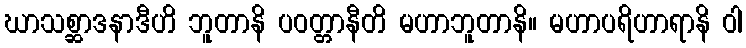
ဃာသစ္ဆာဒနာဒီဟိ ဘူတာနိ ပဝတ္တာနီတိ မဟာဘူတာနိ။ မဟာပရိဟာရာနိ ဝါ